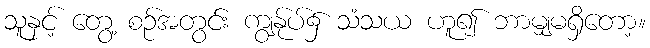
သူနှင့် တွေ့ စဉ်အတွင်း ကျွန်ုပ်၌ သံသယ ဟူ၍ ဘာမျှမရှိတော့။